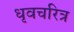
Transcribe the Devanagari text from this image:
धृवचरित्र